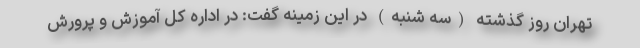
تهران روز گذشته (سه شنبه) در این زمینه گفت: در اداره کل آموزش و پرورش